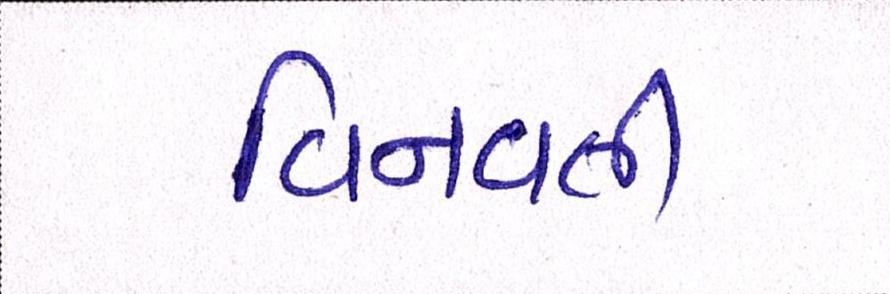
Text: વિનવતી